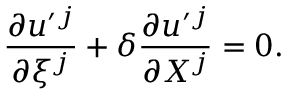
\frac { \partial u ^ { \prime } { } ^ { j } } { \partial \xi ^ { j } } + \delta \frac { \partial u ^ { \prime } { } ^ { j } } { \partial X ^ { j } } = 0 .